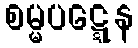
စမ္မပဋ္ဋေန